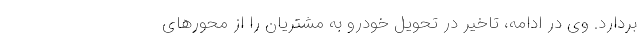
بردارد. وی در ادامه، تاخیر در تحویل خودرو به مشتریان را از محورهای